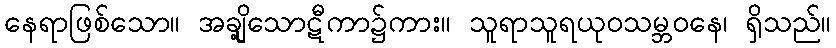
နေရာဖြစ်သော။ အချို့သောဋီကာ၌ကား။ သူရာသူရယုဝသမ္ဘဝနေ၊ ရှိသည်။